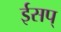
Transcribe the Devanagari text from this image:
ईसप्